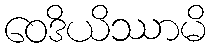
ဝေဒိယိဿာမိ